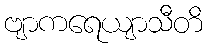
ဗျာကရေယျာသီတိ